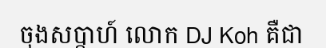
ចុងសប្តាហ៍ លោក DJ Koh គឺជា